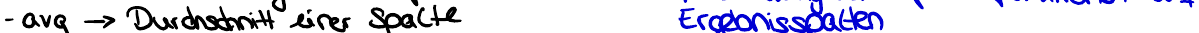
- avg -> Durchschnitt einer Spalte    Ergebnisspalten